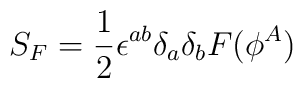
S_F = {1\over 2} \epsilon^{ab}\delta_a\delta_b F(\phi^A)